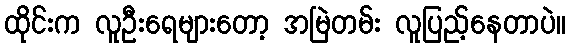
ထိုင်းက လူဦးရေများတော့ အမြဲတမ်း လူပြည့်နေတာပဲ။